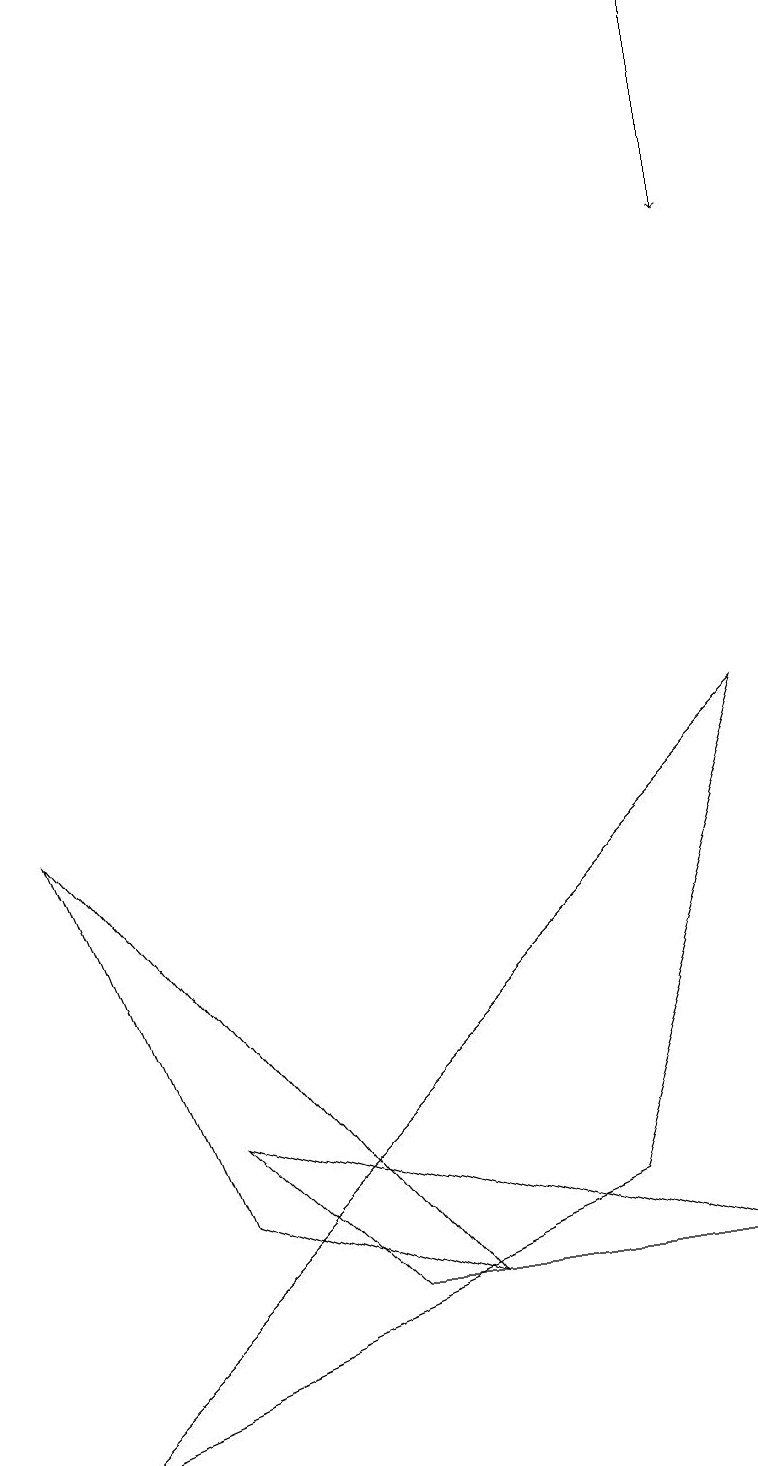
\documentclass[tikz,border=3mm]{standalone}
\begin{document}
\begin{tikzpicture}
\draw (5,2) -- (2,3) -- (0,8) -- cycle;
\draw (2,4) -- (4,2) -- (9,2) -- cycle;
\draw (7,3) -- (9,9) -- (0,0) -- cycle;
\draw[->] (9,18) -- (9,15);
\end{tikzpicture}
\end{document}